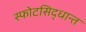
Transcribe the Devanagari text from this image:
स्फोटसिद्धान्त